Trukikaitis_Postimees, lk 12
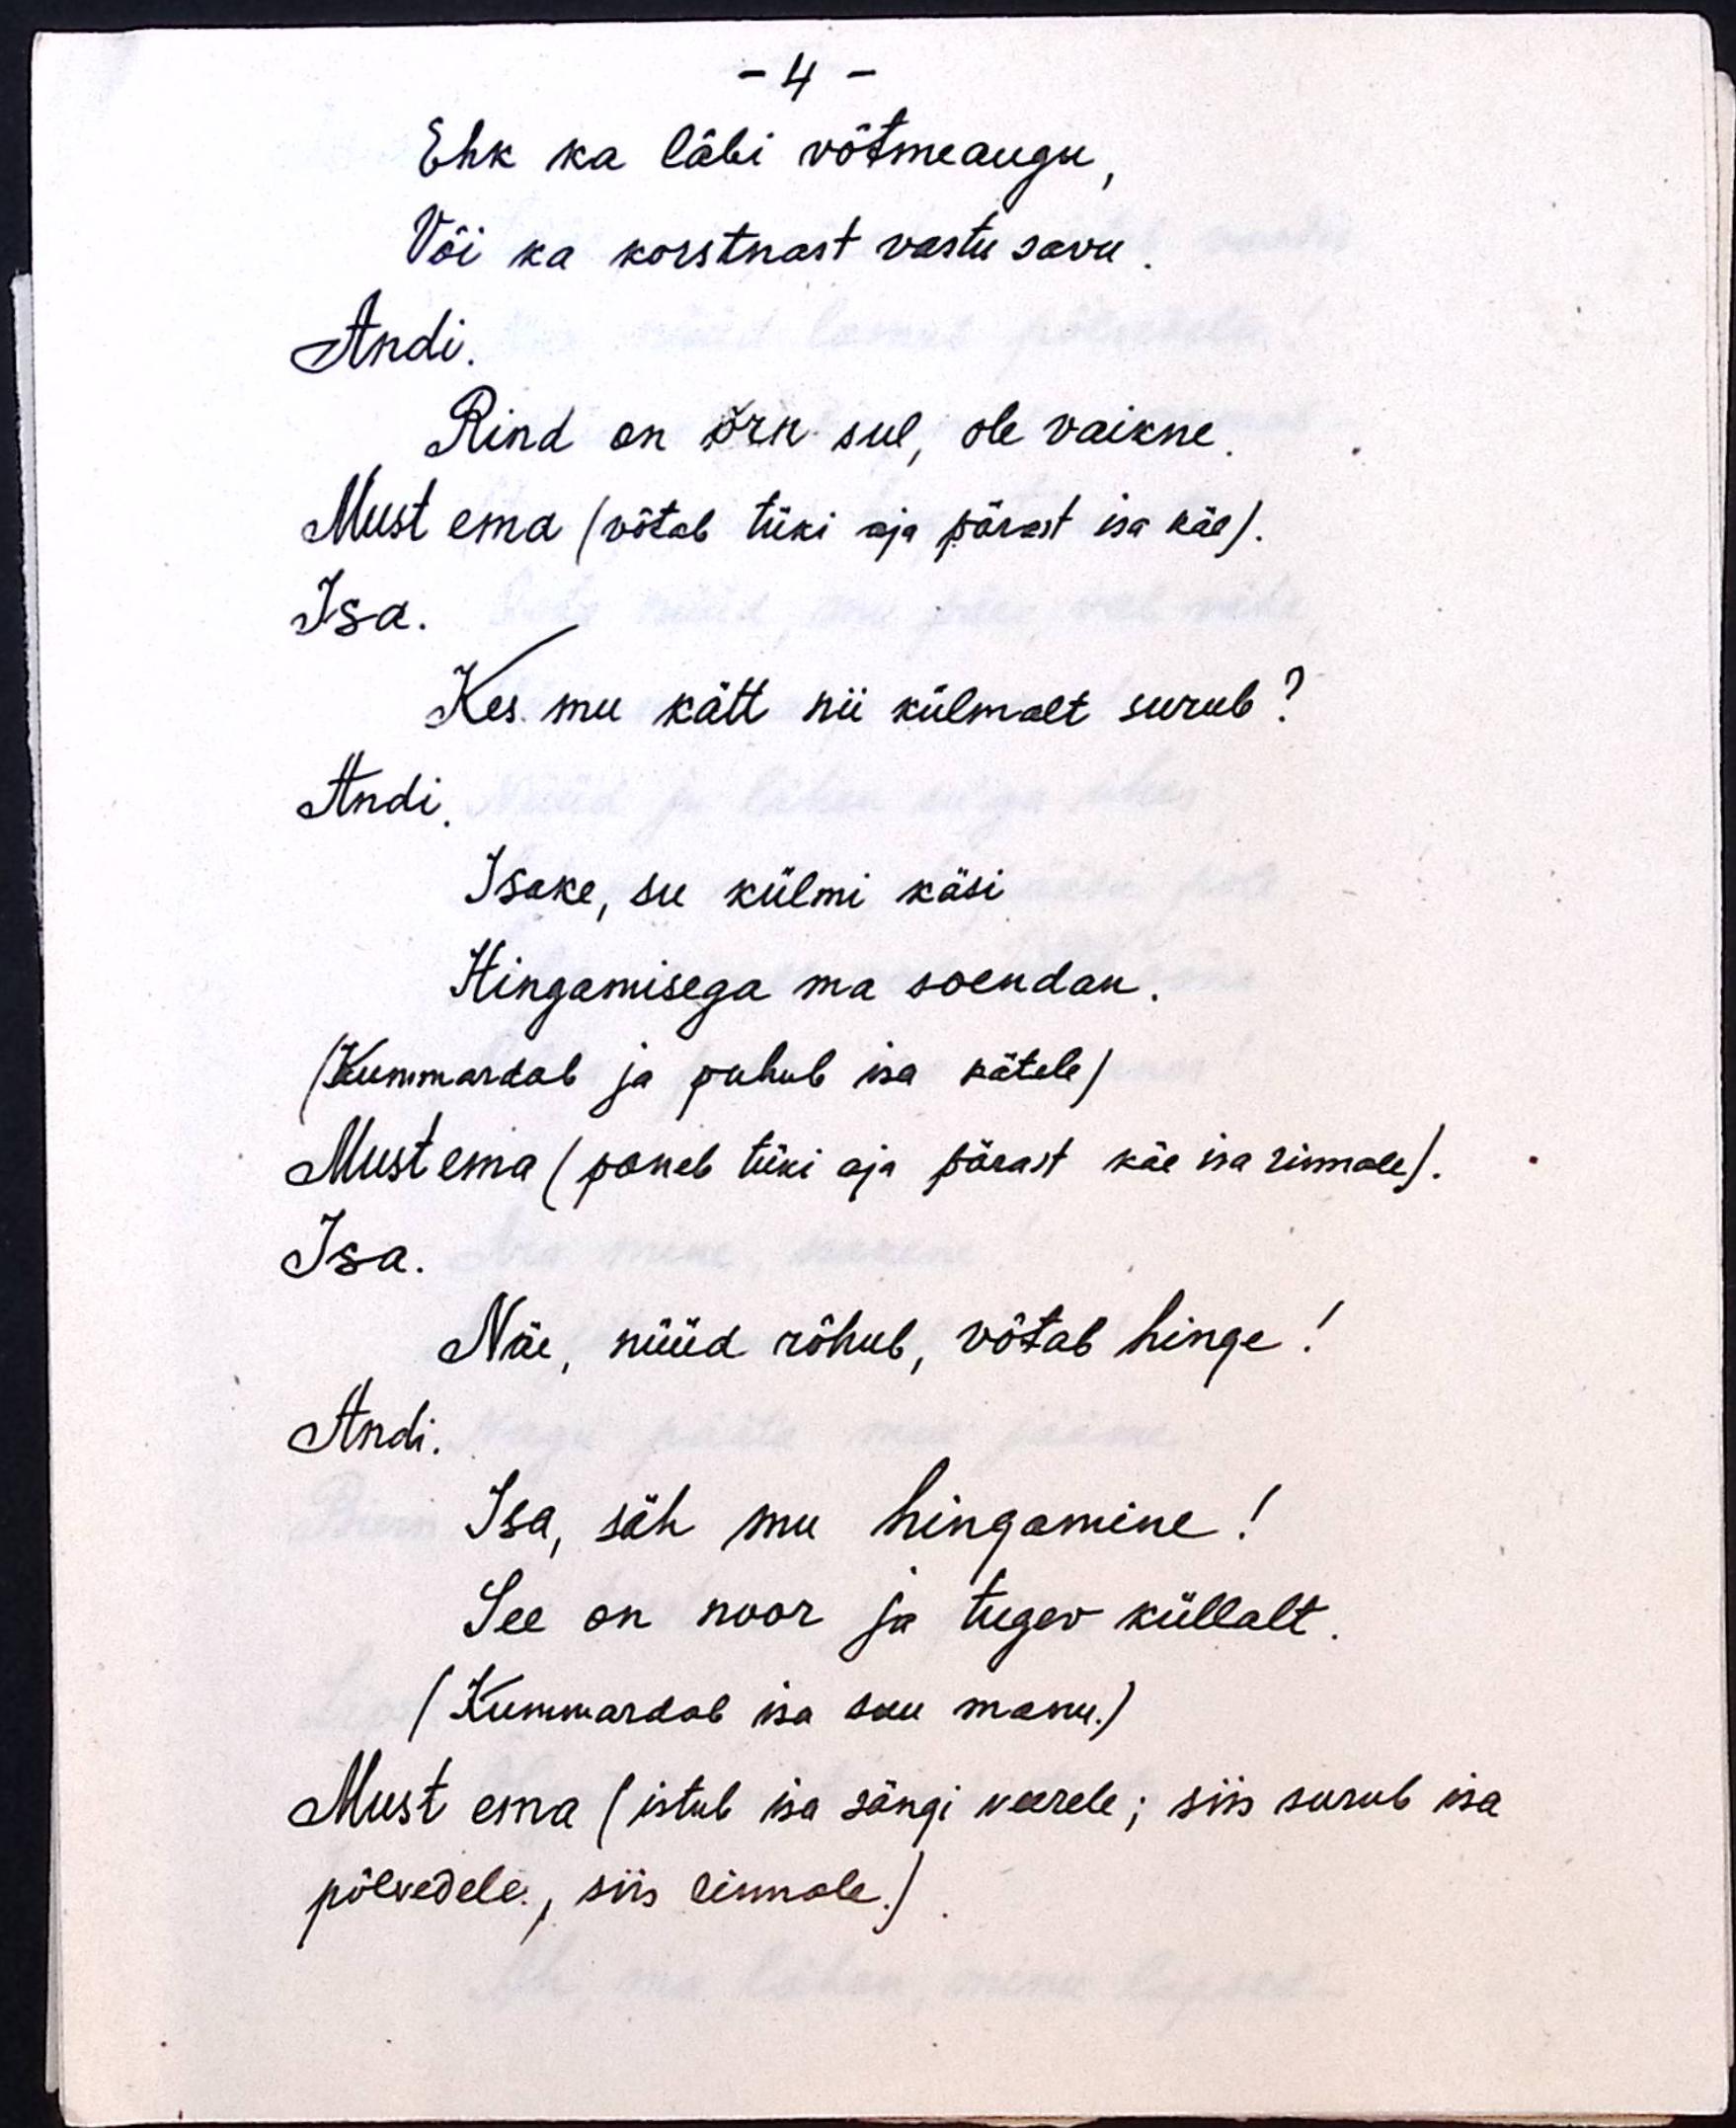
- 4 -
Ehk ka läbi võtmeaugu,
Või ka korstnast vastu savu.
Andi.
Rind on õrn sul, ole vaikne.
Must ema (võtab tüki aja pärast isa käe).
Isa.
Kes mu kätt nii külmalt surub?
Andi.
Isake, su külmi käsi
Hingamisega ma soendan.
(Kummardab ja puhub isa kätele)
Must ema (paneb tüki aja pärast käe isa rinnale).
Isa.
Näe, nüüd rõhub, võtab hinge!
Andi.
Isa, säh mu hingamine!
See on noor ja tugev küllalt.
(Kummardab isa suu manu.)
Must ema ( istub isa sängi veerele; siis surub isa
põlvedele, siis rinnale.)